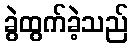
ခွဲထွက်ခဲ့သည်